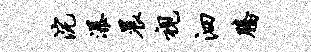
浣瀑晨视泗腾